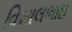
વિશાલભાઇ